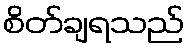
စိတ်ချရသည်